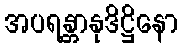
အပရန္တာနုဒိဋ္ဌိနော